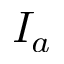
I _ { a }